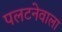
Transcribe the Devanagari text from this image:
पलटनेवाला